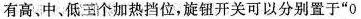
有高、中、低王个加热挡位，旋钮开关可以分别置于”0